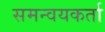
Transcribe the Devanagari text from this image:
समन्वयकर्ता